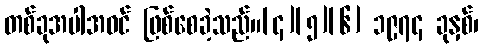
တစ်ခုအပါအဝင် ဖြစ်စေခဲ့သည်။[၄][၅][၆] ၁၉၇၄ ခုနှစ်၊